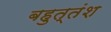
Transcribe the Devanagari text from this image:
बहुत्तंश